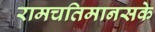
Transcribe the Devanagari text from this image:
रामचतिमानसके